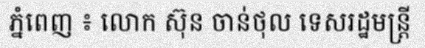
ភ្នំពេញ ៖ លោក ស៊ុន ចាន់ថុល ទេសរដ្ឋមន្ត្រី